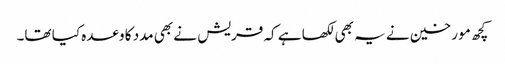
کچھ مو رخین نے یہ بھی لکھا ہے کہ قریش نے بھی مدد کا وعدہ کیا تھا۔